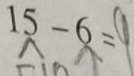
1 5 - 6 = 9